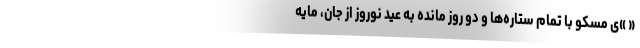
« »‌ی مسکو با تمام ستاره‌ها و دو روز مانده به عید نوروز از جان، مایه